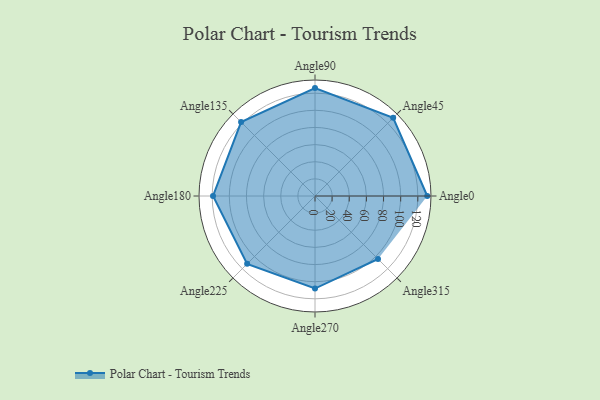
{"axis": {"x": "Angle", "y": "Radius"}, "legend": [""], "data": [{"x": "Angle0", "y": 131.0, "type": ""}, {"x": "Angle45", "y": 129.0, "type": ""}, {"x": "Angle90", "y": 126.0, "type": ""}, {"x": "Angle135", "y": 122.0, "type": ""}, {"x": "Angle180", "y": 119.0, "type": ""}, {"x": "Angle225", "y": 112.0, "type": ""}, {"x": "Angle270", "y": 108.0, "type": ""}, {"x": "Angle315", "y": 104.0, "type": ""}]}